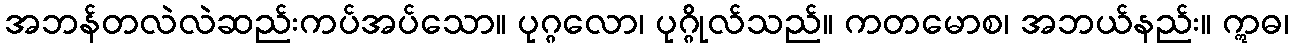
အဘန်တလဲလဲဆည်းကပ်အပ်သော။ ပုဂ္ဂလော၊ ပုဂ္ဂိုလ်သည်။ ကတမောစ၊ အဘယ်နည်း။ ဣဓ၊